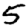
Digit: 5